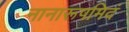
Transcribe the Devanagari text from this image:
नानारूपमिदं